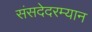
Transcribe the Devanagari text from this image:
संसदेदरम्यान